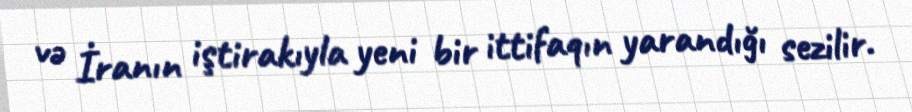
və İranın iştirakıyla yeni bir ittifaqın yarandığı sezilir.